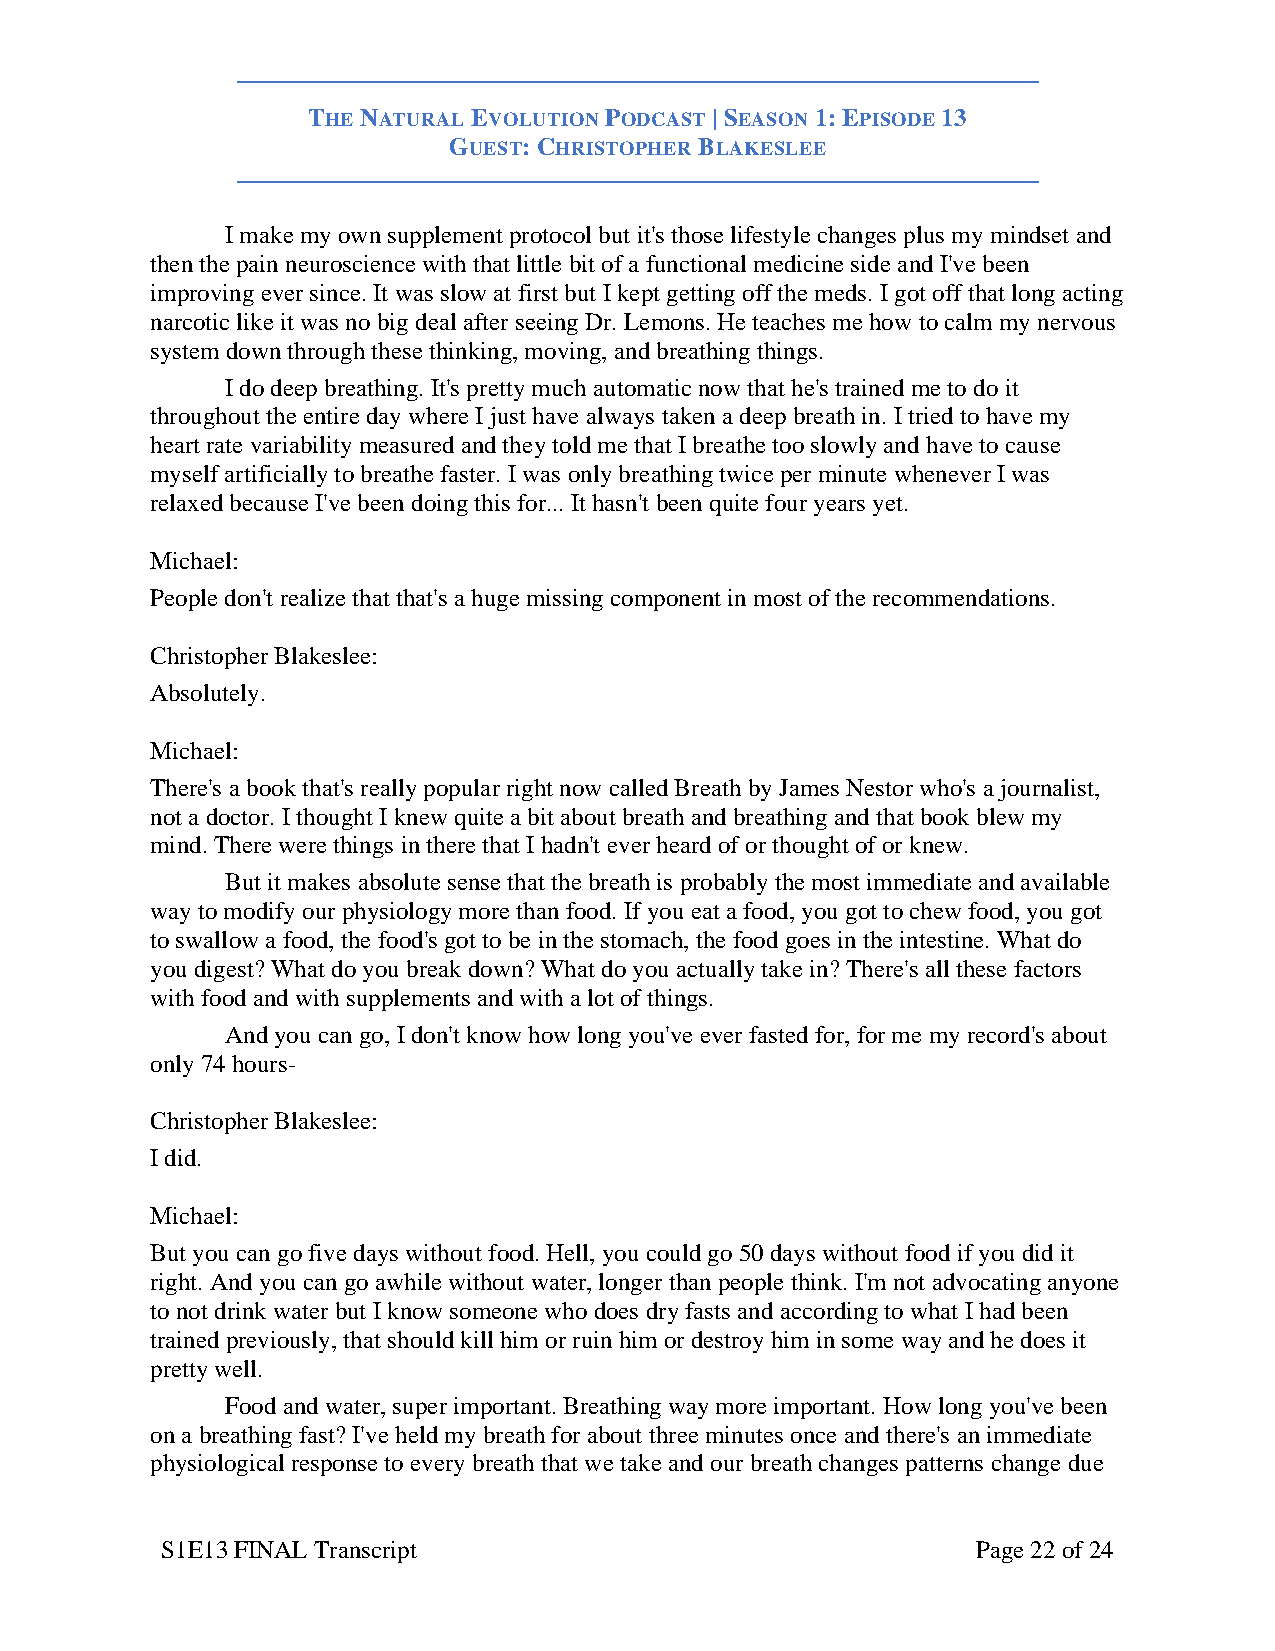
THE NATURAL EVOLUTION PODCAST | SEASON 1: EPISODE 13
 GUEST: CHRISTOPHER BLAKESLEE
 I make my own supplement protocol but it's those lifestyle changes plus my mindset and
 then the pain neuroscience with that little bit of a functional medicine side and I've been
 improving ever since. It was slow at first but I kept getting off the meds. I got off that long acting
 narcotic like it was no big deal after seeing Dr. Lemons. He teaches me how to calm my nervous
 system down through these thinking, moving, and breathing things.
 I do deep breathing. It's pretty much automatic now that he's trained me to do it
 throughout the entire day where I just have always taken a deep breath in. I tried to have my
 heart rate variability measured and they told me that I breathe too slowly and have to cause
 myself artificially to breathe faster. I was only breathing twice per minute whenever I was
 relaxed because I've been doing this for... It hasn't been quite four years yet.
 Michael:
 People don't realize that that's a huge missing component in most of the recommendations.
 Christopher Blakeslee:
 Absolutely.
 Michael:
 There's a book that's really popular right now called Breath by James Nestor who's a journalist,
 not a doctor. I thought I knew quite a bit about breath and breathing and that book blew my
 mind. There were things in there that I hadn't ever heard of or thought of or knew.
 But it makes absolute sense that the breath is probably the most immediate and available
 way to modify our physiology more than food. If you eat a food, you got to chew food, you got
 to swallow a food, the food's got to be in the stomach, the food goes in the intestine. What do
 you digest? What do you break down? What do you actually take in? There's all these factors
 with food and with supplements and with a lot of things.
 And you can go, I don't know how long you've ever fasted for, for me my record's about
 only 74 hours-
 Christopher Blakeslee:
 I did.
 Michael:
 But you can go five days without food. Hell, you could go 50 days without food if you did it
 right. And you can go awhile without water, longer than people think. I'm not advocating anyone
 to not drink water but I know someone who does dry fasts and according to what I had been
 trained previously, that should kill him or ruin him or destroy him in some way and he does it
 pretty well.
 Food and water, super important. Breathing way more important. How long you've been
 on a breathing fast? I've held my breath for about three minutes once and there's an immediate
 physiological response to every breath that we take and our breath changes patterns change due
 S1E13 FINAL Transcript                                Page 22 of 24